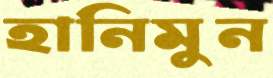
হানিমুন